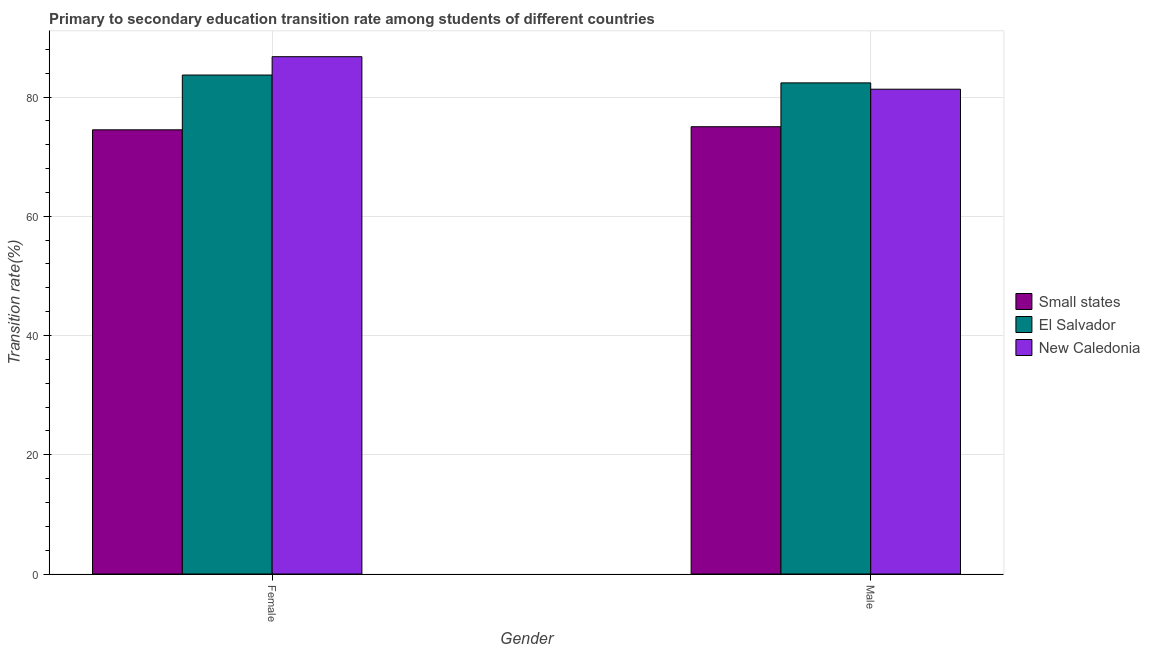
| Gender | Small states | El Salvador | New Caledonia |
 | --- | --- | --- | --- |
 | Female | 74.5 | 83.7 | 86.8 |
 | Male | 75 | 82.4 | 81.3 |